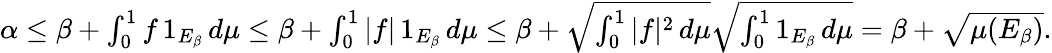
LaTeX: \begin{array}{r}{\alpha\leq\beta+\int_{0}^{1}f\, 1_{E_{\beta}}\, d\mu\leq\beta+\int_{0}^{1}|f|\, 1_{E_{\beta}}\, d\mu\leq\beta+\sqrt{\int_{0}^{1}|f|^{2}\, d\mu}\sqrt{\int_{0}^{1}1_{E_{\beta}}\, d\mu}=\beta+\sqrt{\mu(E_{\beta})}.}\end{array}